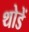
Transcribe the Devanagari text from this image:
थोडें